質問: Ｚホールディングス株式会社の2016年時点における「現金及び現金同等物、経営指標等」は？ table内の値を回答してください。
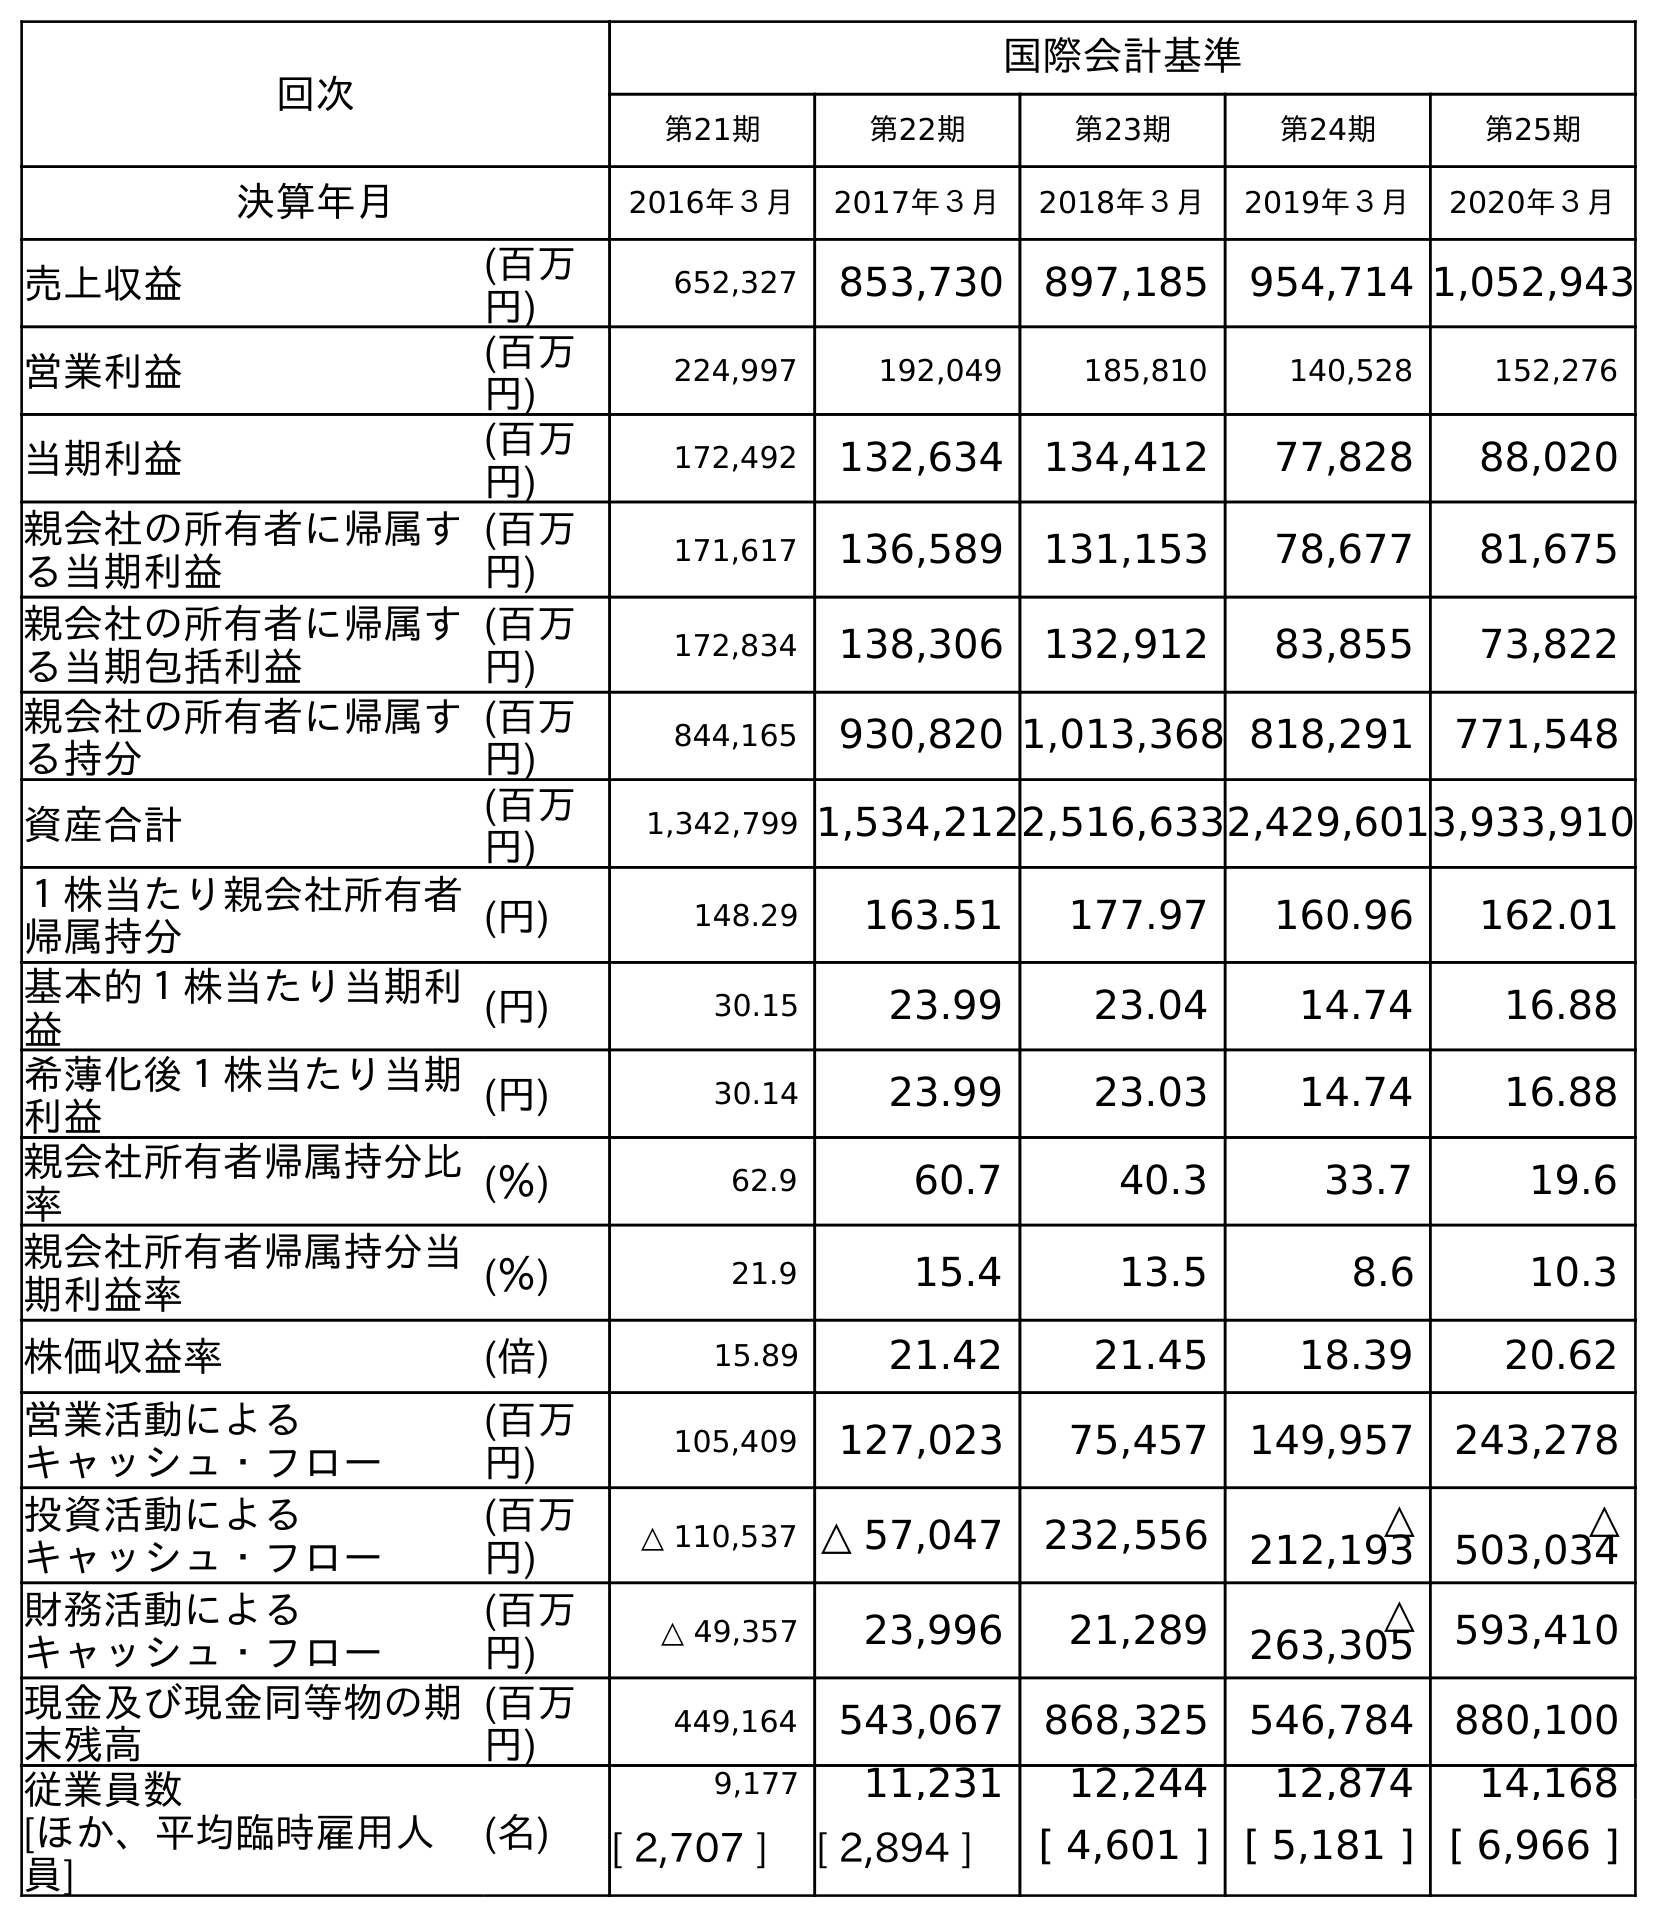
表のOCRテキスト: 回次 国際会計基準 第21期 第22期 第23期 第24期 第25期 決算年月 2016年３月 2017年３月 2018年３月 2019年３月 2020年３月 売上収益 (百万 円) 652,327 853,730 897,185 954,714 1,052,943 営業利益 (百万 円) 224,997 192,049 185,810 140,528 152,276 当期利益 (百万 円) 172,492 132,634 134,412 77,828 88,020 親会社の所有者に帰属す る当期利益 (百万 円) 171,617 136,589 131,153 78,677 81,675 親会社の所有者に帰属す る当期包括利益 (百万 円) 172,834 138,306 132,912 83,855 73,822 親会社の所有者に帰属す る持分 (百万 円) 844,165 930,820 1,013,368 818,291 771,548 資産合計 (百万 円) 1,342,799 1,534,2122,516,6332,429,6013,933,910 １株当たり親会社所有者 帰属持分 (円) 148.29 163.51 177.97 160.96 162.01 基本的１株当たり当期利 益 (円) 30.15 23.99 23.04 14.74 16.88 希薄化後１株当たり当期 利益 (円) 30.14 23.99 23.03 14.74 16.88 親会社所有者帰属持分比 率 (％) 62.9 60.7 40.3 33.7 19.6 親会社所有者帰属持分当 期利益率 (％) 21.9 15.4 13.5 8.6 10.3 株価収益率 (倍) 15.89 21.42 21.45 18.39 20.62 営業活動による キャッシュ・フロー (百万 円) 105,409 127,023 75,457 149,957 243,278 投資活動による キャッシュ・フロー (百万 円) △ 110,537 △ 57,047 232,556 △ 212,193 △ 503,034 財務活動による キャッシュ・フロー (百万 円) △ 49,357 23,996 21,289 △ 263,305 593,410 現金及び現金同等物の期 末残高 (百万 円) 449,164 543,067 868,325 546,784 880,100 従業員数 [ほか、平均臨時雇用人 員] (名) 9,177 11,231 12,244 12,874 14,168 [ 2,707 ] [ 2,894 ] [ 4,601 ] [ 5,181 ] [ 6,966 ]
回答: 449,164